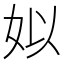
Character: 姒